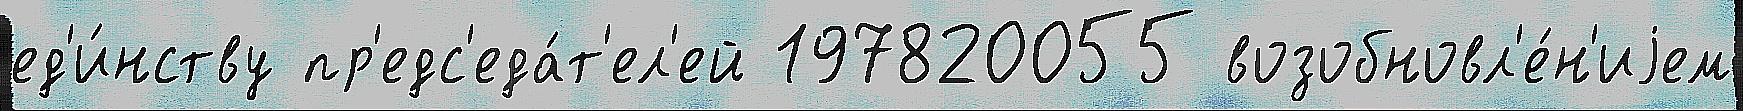
ед'и́нству пр'едс'еда́т'ел'ей 197820055 возобновл'е́н'иjем